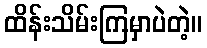
ထိန်းသိမ်းကြမှာပဲတဲ့။